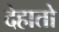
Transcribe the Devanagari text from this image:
देहातो